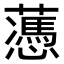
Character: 𧂋